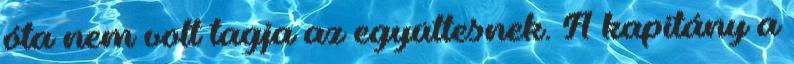
óta nem volt tagja az együttesnek. A kapitány a